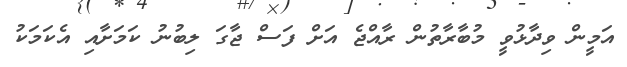
އަމީން ވިދާޅުވީ މުބާރާތުން ރާއްޖެ އަށް ފަސް ޖާގަ ލިބުނު ކަމަށާއި އެކަމަކު